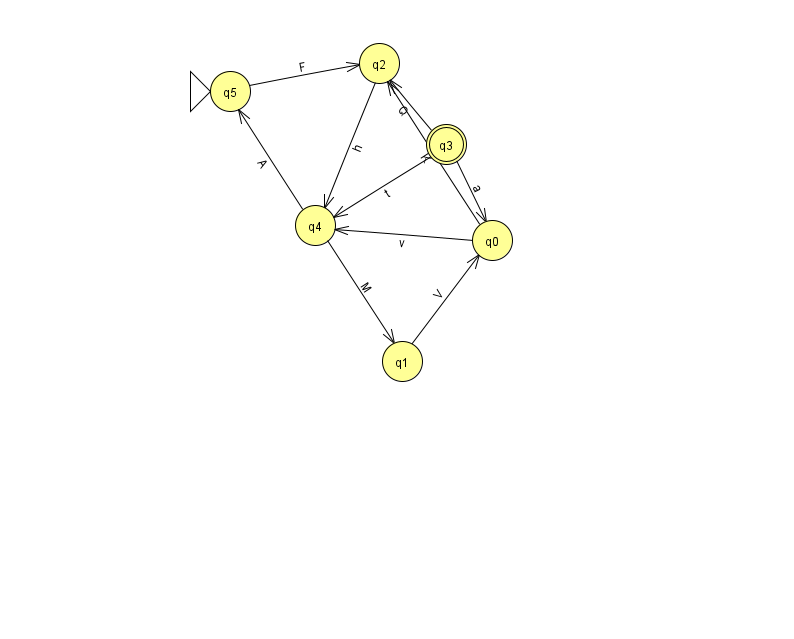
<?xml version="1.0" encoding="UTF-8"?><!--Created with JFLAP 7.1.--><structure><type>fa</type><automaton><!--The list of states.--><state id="0" name="q0"><x>492.0</x><y>227.0</y></state><state id="1" name="q1"><x>402.0</x><y>348.0</y></state><state id="2" name="q2"><x>379.0</x><y>50.0</y></state><state id="3" name="q3"><x>446.0</x><y>131.0</y><final/></state><state id="4" name="q4"><x>315.0</x><y>212.0</y></state><state id="5" name="q5"><x>230.0</x><y>78.0</y><initial/></state><!--The list of transitions.--><transition><from>5</from><to>2</to><read>F</read></transition><transition><from>2</from><to>4</to><read>h</read></transition><transition><from>3</from><to>4</to><read>t</read></transition><transition><from>3</from><to>0</to><read>a</read></transition><transition><from>4</from><to>1</to><read>M</read></transition><transition><from>4</from><to>5</to><read>A</read></transition><transition><from>1</from><to>0</to><read>V</read></transition><transition><from>0</from><to>4</to><read>v</read></transition><transition><from>0</from><to>2</to><read>K</read></transition><transition><from>3</from><to>2</to><read>Q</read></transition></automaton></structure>